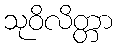
သုဝိလိတ္တာ